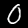
Digit: 0